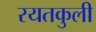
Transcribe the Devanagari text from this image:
रयतकुली